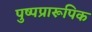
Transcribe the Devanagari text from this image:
पुष्पप्रारूपिक